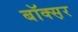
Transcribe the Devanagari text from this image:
बॉक्स़र